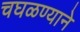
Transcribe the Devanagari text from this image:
चघळण्याने